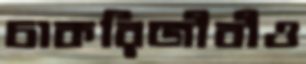
চাকরিজীবীও